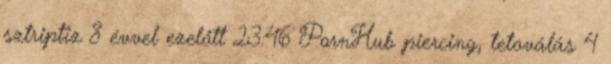
sztriptiz 8 évvel ezelőtt 23:46 PornHub piercing, tetoválás 4